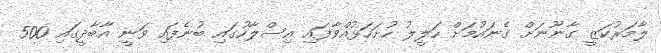
ލާމަރުކަޒީ ގާނޫނަށް ގެނައުމަށް ހަލީލު ހުށަހަޅުއްވާފައި އިސްލާހުގައި ބުނެފައި ވަނީ އާބާދީގައި 500